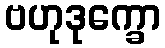
ဗဟုဒုက္ခော